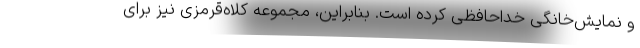
و نمایش‌خانگی خداحافظی کرده است. بنابراین، مجموعه کلاه‌قرمزی نیز برای